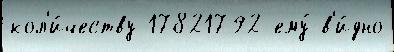
кол'и́честву 17821792 ему́ в'и́дно